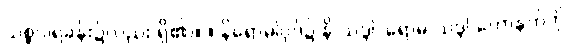
သစ္စဝါရခန်း၌လည်း ရှိ၏)။ ။ နိရောဓါပုဒ်၌ နိ-သဒ္ဒါ၊ ရောဓ-သဒ္ဒါ ဟောနက်ကို